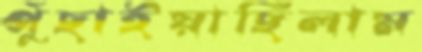
পুঁছাইয়াছিলাম